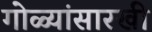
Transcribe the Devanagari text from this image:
गोळ्यांसारखी